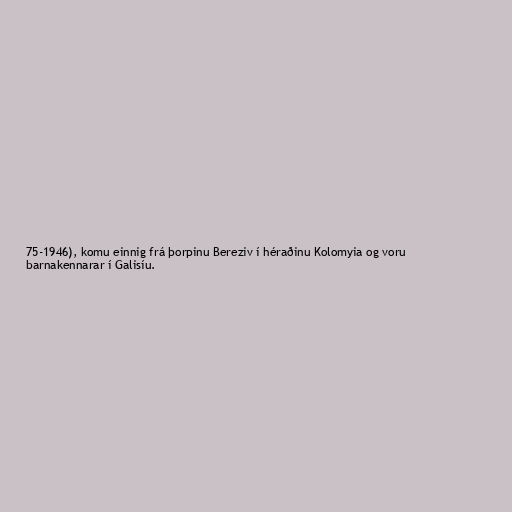
75-1946), komu einnig frá þorpinu Bereziv í héraðinu Kolomyia og voru
barnakennarar í Galisíu.